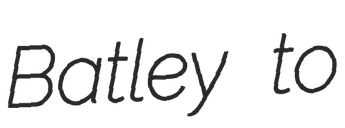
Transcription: Batley to